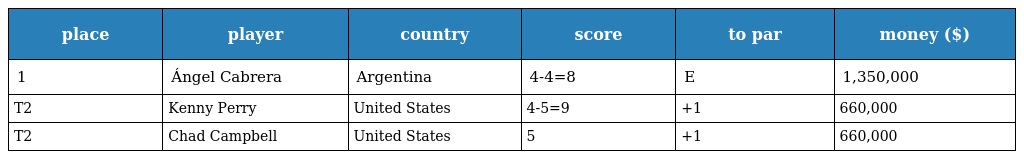
| place | player | country | score | to par | money ($) |
 | --- | --- | --- | --- | --- | --- |
 | 1 | Ángel Cabrera | Argentina | 4-4=8 | E | 1,350,000 |
 | T2 | Kenny Perry | United States | 4-5=9 | +1 | 660,000 |
 | T2 | Chad Campbell | United States | 5 | +1 | 660,000 |